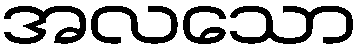
အလသော